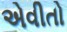
એવીતો